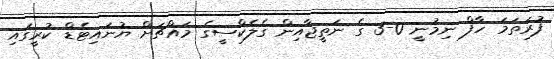
ފުރަތަމަ ހާފް ނިމުނީ 0-3 ގެ ނަތީޖާއިން ގެލެކްސީގެ މައްޗަށް ޔުނައިޓެޑް ކުރީގައި